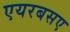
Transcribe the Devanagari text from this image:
एयरबसए